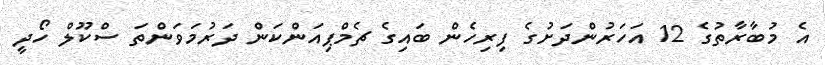
އެ މުބާރާތުގެ 12 އަހަރުންދަށުގެ ފިރިހެން ބައިގެ ޗެމްޕިއަންކަން ދަރުމަވަންތަ ސްކޫލް ހޯދީ